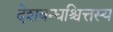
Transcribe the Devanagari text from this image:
देशबन्धश्चित्तस्य